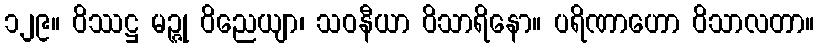
၁၂၉။ ဝိဿဋ္ဌ မဉ္ဇု ဝိညေယျာ၊ သဝနီယာ ဝိသာရိနော။ ပရိဏာဟော ဝိသာလတာ။